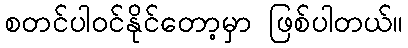
စတင်ပါဝင်နိုင်တော့မှာ ဖြစ်ပါတယ်။